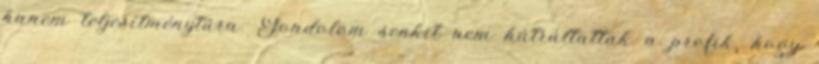
hanem teljesítménytúra. Gondolom senkit nem hátráltattak a profik, hogy